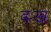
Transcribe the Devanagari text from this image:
दःख